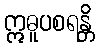
ဣဓူပစရန္တိ